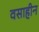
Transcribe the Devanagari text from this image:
वसाहीन